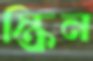
স্ক্রিন